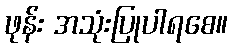
ဖုန်း အသုံးပြုပါရစေ။